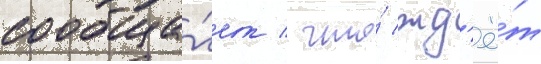
сообща́ет / что́ жд'ё́т